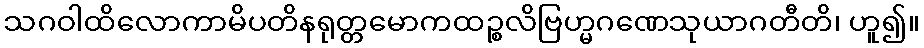
သဂဝါထိလောကာမိပတိနရုတ္တမောကထဉ္စလိဗြဟ္မဂဏေသုယာဂတီတိ၊ ဟူ၍။